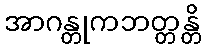
အာဂန္တုကဘတ္တန္တိ